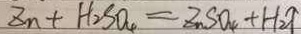
Z n + H _ { 2 } S O _ { 4 } = Z n S O _ { 4 } + H _ { 2 } \uparrow